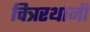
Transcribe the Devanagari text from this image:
चित्ररथांनी